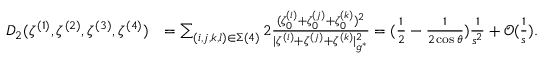
\begin{array} { r l } { D _ { 2 } ( \zeta ^ { ( 1 ) } , \zeta ^ { ( 2 ) } , \zeta ^ { ( 3 ) } , \zeta ^ { ( 4 ) } ) } & { = \sum _ { ( i , j , k , l ) \in \Sigma ( 4 ) } 2 \frac { ( \zeta _ { 0 } ^ { ( i ) } + \zeta _ { 0 } ^ { ( j ) } + \zeta _ { 0 } ^ { ( k ) } ) ^ { 2 } } { | { \zeta ^ { ( i ) } } + { \zeta ^ { ( j ) } } + { \zeta ^ { ( k ) } } | _ { g ^ { * } } ^ { 2 } } = ( \frac { 1 } { 2 } - \frac { 1 } { 2 \cos \theta } ) \frac { 1 } { s ^ { 2 } } + \mathcal { O } ( \frac { 1 } { s } ) . } \end{array}